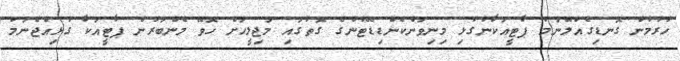
ހުރުމުން ގޮނޑިގެއްލޭނަމަ ޕާޓީއަކާނުގުޅި މިނިވަންކެންޑިޑޭޓުންގެ ގޮތުގައި މަޖިލީހަށް ހޮވޭ މެންބަރުން ޕާޓީއަކާ ގުޅިއްޖެނަމަ